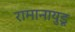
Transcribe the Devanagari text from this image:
रामानायुडू